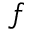
f